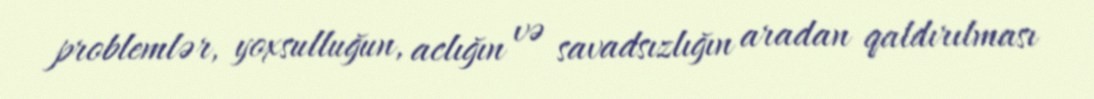
problemlər, yoxsulluğun, aclığın və savadsızlığın aradan qaldırılması